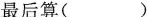
最后算()